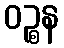
ဝဉ္စန